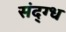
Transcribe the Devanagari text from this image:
संद्ग्ध